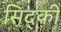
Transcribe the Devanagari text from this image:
सिद्की